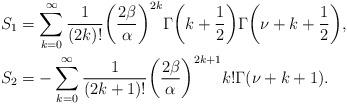
LaTeX: \begin{align*}S_1&=\sum_{k=0}^\infty\frac{1}{(2k)!}\bigg(\frac{2\beta}{\alpha}\bigg)^{2k}\Gamma\bigg(k+\frac{1}{2}\bigg)\Gamma\bigg(\nu+k+\frac{1}{2}\bigg),\\S_2&=-\sum_{k=0}^\infty\frac{1}{(2k+1)!}\bigg(\frac{2\beta}{\alpha}\bigg)^{2k+1}k!\Gamma(\nu+k+1).\end{align*}